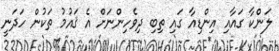
ލަންކާ ގައާއި އިންޑިއާ ގައި ތިބި ދިވެހިންނަށް އެ ޤައުމު ތަކުން ހަދަނީ